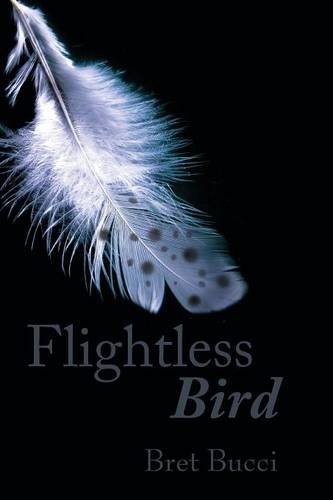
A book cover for Flightless Bird; Bret Bucci; Science Fiction & Fantasy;